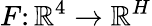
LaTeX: F\colon\mathbb{R}^{4}\rightarrow\mathbb{R}^{H}